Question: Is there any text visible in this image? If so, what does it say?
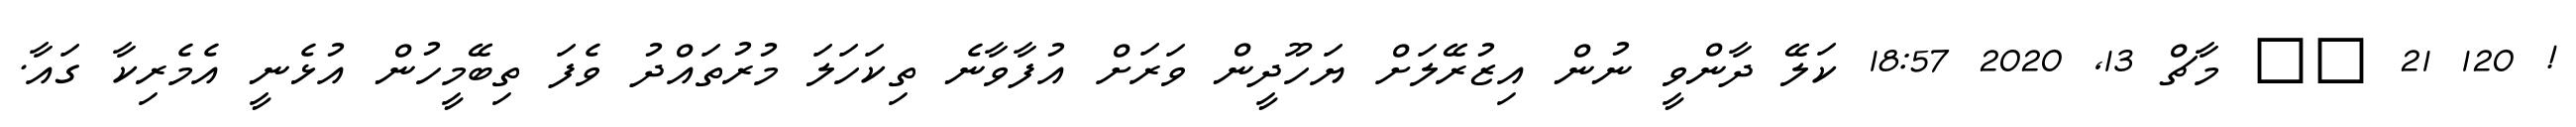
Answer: ! 120 21 ?? މާޗް 13, 2020 18:57 ކަލޭ ދާންވީ ނުން އިޒުރޭލަށް ޔަހޫދީން ވަރަށް އުފާވާނެ ތިކަހަލަ މުރުތައްދު ވެފަ ތިބޭމީހުން އުޅެނީ އެމެރިކާ ގައާ.